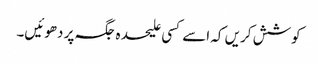
کوشش کریں کہ اسے کسی علیحدہ جگہ پر دھوئیں۔